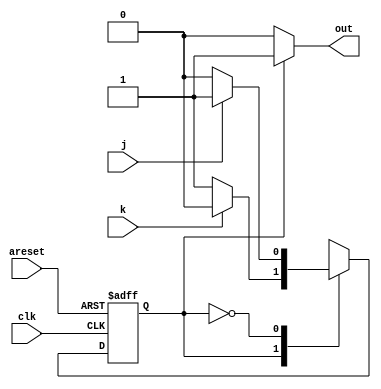
module top_module(
    input clk,
    input areset,    // Asynchronous reset to OFF
    input j,
    input k,
    output out); //  

    parameter OFF=0, ON=1; 
    reg state, next_state;

    always @(*) begin
        case(state)
            ON:next_state<=k?OFF:ON;
            OFF:next_state<=j?ON:OFF;
        endcase
    end

    always @(posedge clk, posedge areset) begin
        if(areset) state<=OFF;
        else state<=next_state;
    end

    // Output logic
            assign out = (state == ON)?1'b1:1'b0;

endmodule